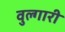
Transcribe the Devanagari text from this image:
वुल्गारी